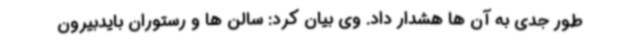
طور جدی به آن ها هشدار داد. وی بیان کرد: سالن ها و رستوران بایدبیرون